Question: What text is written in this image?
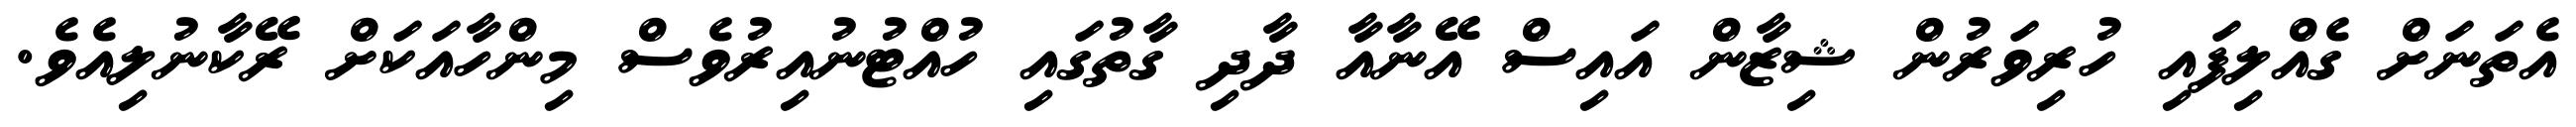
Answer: އެތަނަށް ގެއްލިފައި ހުރިވަރުން ޝިޒާން އައިސް އޭނާއާ ދާދި ގާތުގައި ހުއްޓުނުއިރުވެސް މިންހާއަކަށް ރޭކާނުލިއެވެ.